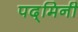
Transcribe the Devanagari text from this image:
पद्‌मिनी